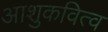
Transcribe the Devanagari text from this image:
आशुकवित्व